Source: Handwritten
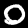
Digit: ၀ (0)